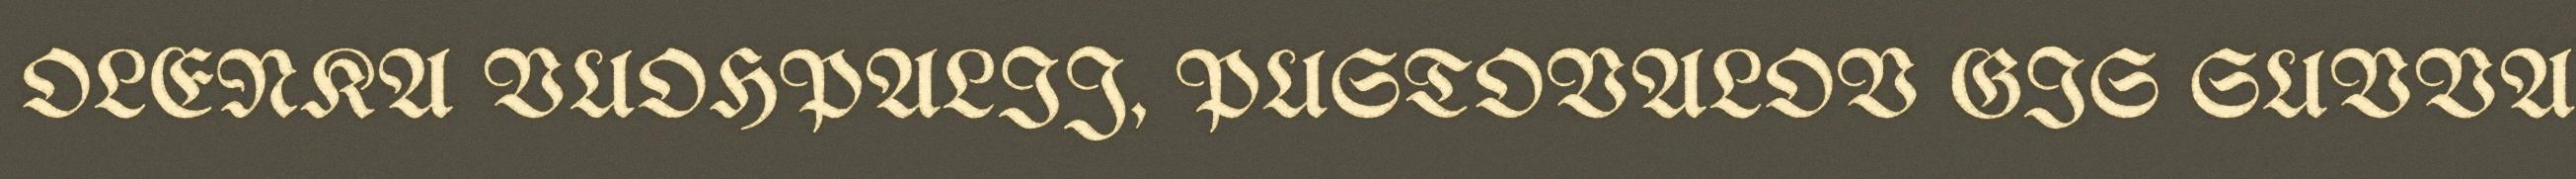
OLENKA VUOHPALIJ, PUSTOVALOV GIS SUVVA